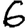
Digit: 6